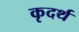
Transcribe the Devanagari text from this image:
कृदर्थ